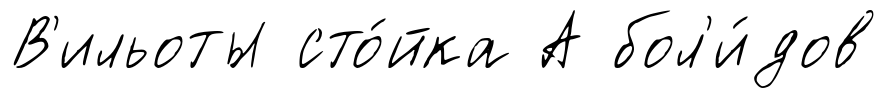
В'ильоты сто́йка А бол'и́дов